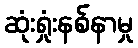
ဆုံးရှုံးနစ်နာမှု